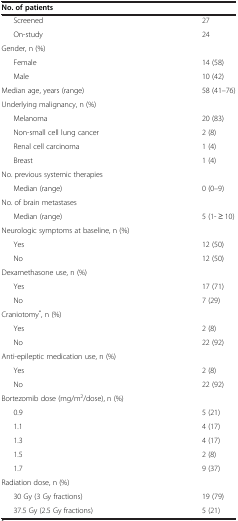
<table><thead><tr><td><b>No. of patients</b></td><td><b> </b></td></tr></thead><tbody><tr><td>Screened</td><td>27</td></tr><tr><td>On-study</td><td>24</td></tr><tr><td>Gender, n (%)</td><td> </td></tr><tr><td>Female</td><td>14 (58)</td></tr><tr><td>Male</td><td>10 (42)</td></tr><tr><td>Median age, years (range)</td><td>58 (41–76)</td></tr><tr><td>Underlying malignancy, n (%)</td><td> </td></tr><tr><td>Melanoma</td><td>20 (83)</td></tr><tr><td>Non-small cell lung cancer</td><td>2 (8)</td></tr><tr><td>Renal cell carcinoma</td><td>1 (4)</td></tr><tr><td>Breast</td><td>1 (4)</td></tr><tr><td>No. previous systemic therapies</td><td> </td></tr><tr><td>Median (range)</td><td>0 (0–9)</td></tr><tr><td>No. of brain metastases</td><td> </td></tr><tr><td>Median (range)</td><td>5 (1- ≥ 10)</td></tr><tr><td>Neurologic symptoms at baseline, n (%)</td><td> </td></tr><tr><td>Yes</td><td>12 (50)</td></tr><tr><td>No</td><td>12 (50)</td></tr><tr><td>Dexamethasone use, n (%)</td><td> </td></tr><tr><td>Yes</td><td>17 (71)</td></tr><tr><td>No</td><td>7 (29)</td></tr><tr><td>Craniotomy<sup>*</sup>, n (%)</td><td> </td></tr><tr><td>Yes</td><td>2 (8)</td></tr><tr><td>No</td><td>22 (92)</td></tr><tr><td>Anti-epileptic medication use, n (%)</td><td> </td></tr><tr><td>Yes</td><td>2 (8)</td></tr><tr><td>No</td><td>22 (92)</td></tr><tr><td>Bortezomib dose (mg/m<sup>2</sup>/dose), n (%)</td><td> </td></tr><tr><td>0.9</td><td>5 (21)</td></tr><tr><td>1.1</td><td>4 (17)</td></tr><tr><td>1.3</td><td>4 (17)</td></tr><tr><td>1.5</td><td>2 (8)</td></tr><tr><td>1.7</td><td>9 (37)</td></tr><tr><td>Radiation dose, n (%)</td><td> </td></tr><tr><td>30 Gy (3 Gy fractions)</td><td>19 (79)</td></tr><tr><td>37.5 Gy (2.5 Gy fractions)</td><td>5 (21)</td></tr></tbody></table>